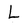
Character: L